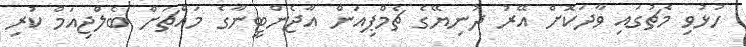
ހުޅުވި މެޗުގައި ވާދަކޮށް އޭރު ދުނިޔޭގެ ޗެމްޕިއަން އާޖެންޓީނާގެ މައްޗަށް ބެލްޖިއަމް ކުރި